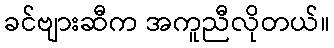
ခင်ဗျားဆီက အကူညီလိုတယ်။